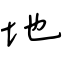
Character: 地